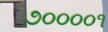
૭૦૦૦૦૧